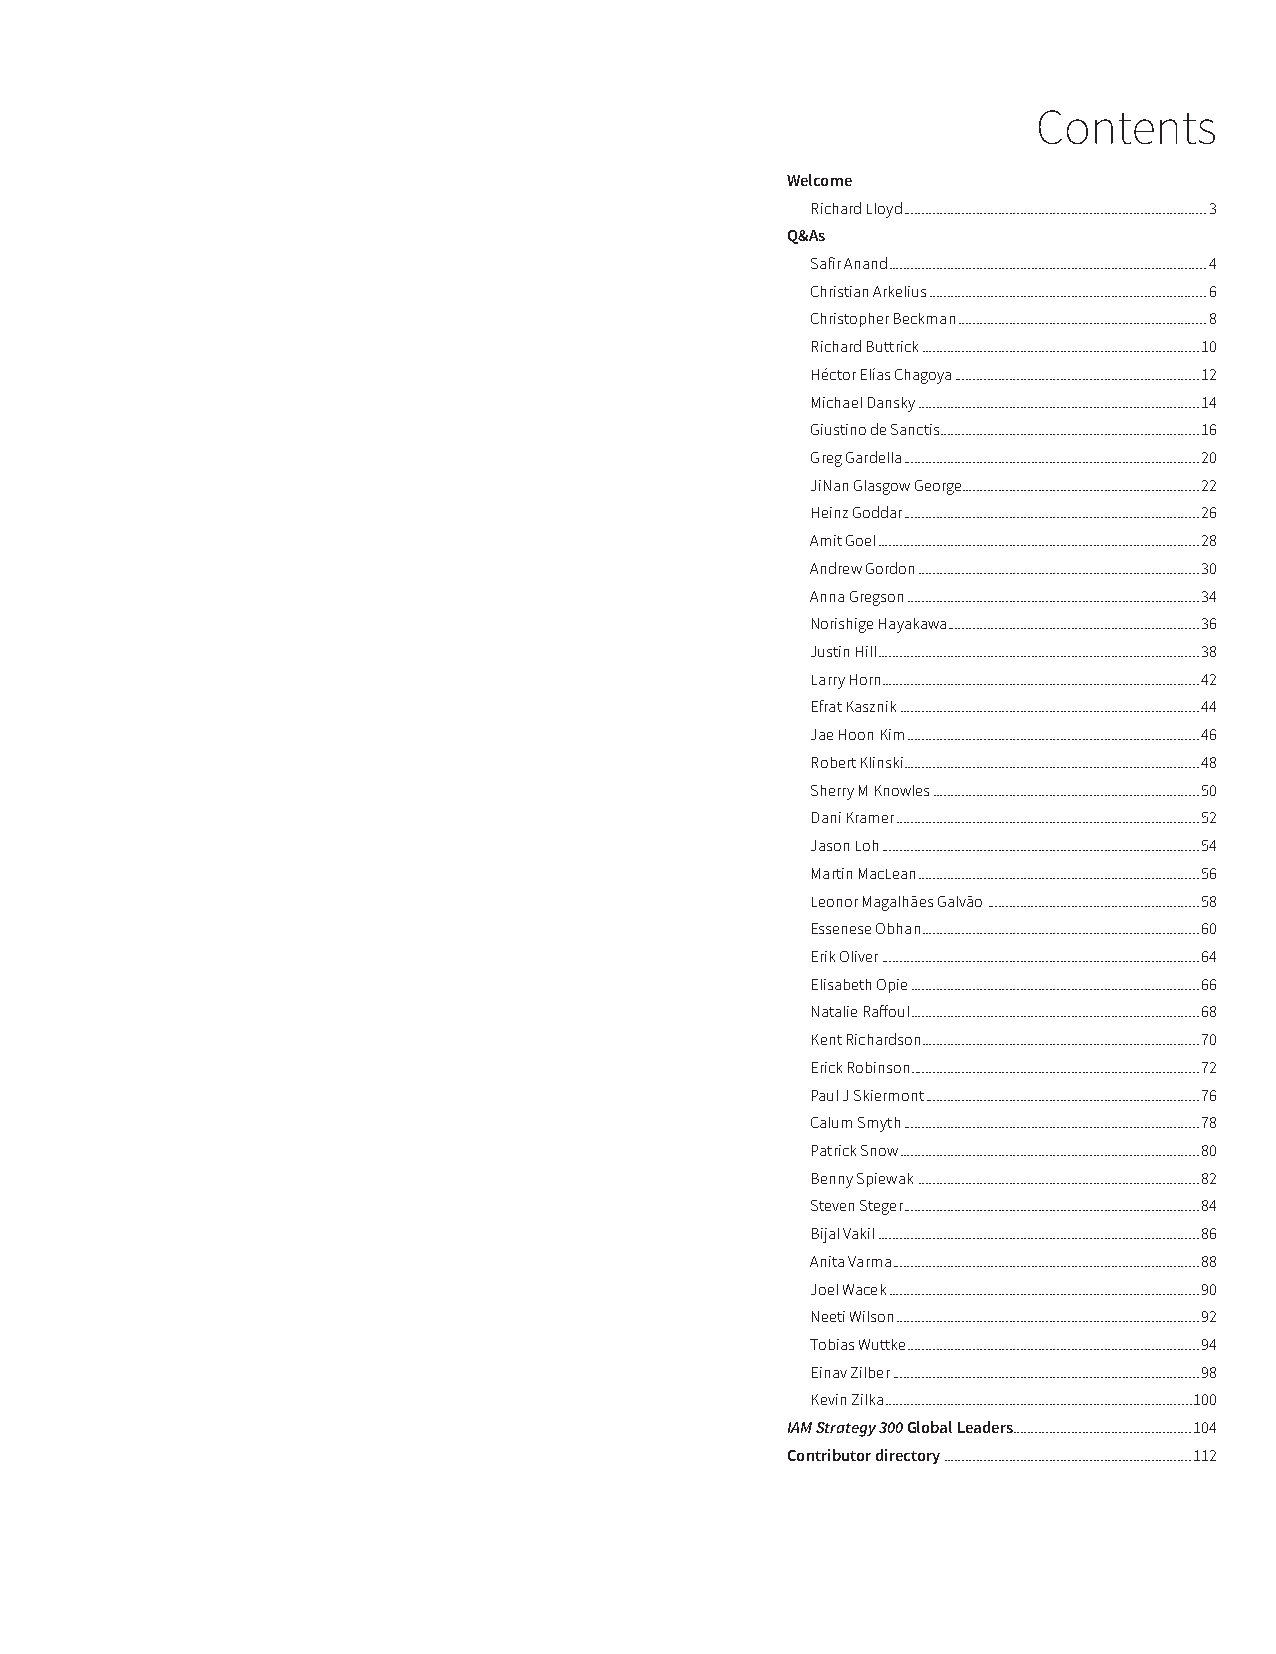
Contents
 Welcome
 Richard Lloyd ...................................................................................3
 Q&As
 Safir Anand .......................................................................................4
 Christian Arkelius ............................................................................6
 Christopher Beckman ....................................................................8
 Richard Buttrick ............................................................................10
 Héctor Elías Chagoya ...................................................................12
 Michael Dansky .............................................................................14
 Giustino de Sanctis .......................................................................16
 Greg Gardella .................................................................................20
 JiNan Glasgow George .................................................................22
 Heinz Goddar .................................................................................26
 Amit Goel ........................................................................................28
 Andrew Gordon .............................................................................30
 Anna Gregson ................................................................................34
 Norishige Hayakawa .....................................................................36
 Justin Hill ........................................................................................38
 Larry Horn.......................................................................................42
 Efrat Kasznik ..................................................................................44
 Jae Hoon Kim ................................................................................46
 Robert Klinski.................................................................................48
 Sherry M Knowles .........................................................................50
 Dani Kramer ...................................................................................52
 Jason Loh .......................................................................................54
 Martin MacLean .............................................................................56
 Leonor Magalhães Galvão ..........................................................58
 Essenese Obhan ............................................................................60
 Erik Oliver .......................................................................................64
 Elisabeth Opie ...............................................................................66
 Natalie Raffoul ...............................................................................68
 Kent Richardson ............................................................................70
 Erick Robinson...............................................................................72
 Paul J Skiermont ...........................................................................76
 Calum Smyth .................................................................................78
 Patrick Snow ..................................................................................80
 Benny Spiewak .............................................................................82
 Steven Steger .................................................................................84
 Bijal Vakil ........................................................................................86
 Anita Varma ....................................................................................88
 Joel Wacek .....................................................................................90
 Neeti Wilson ...................................................................................92
 Tobias Wuttke ................................................................................94
 Einav Zilber ....................................................................................98
 Kevin Zilka ....................................................................................100
 IAM Strategy 300 Global Leaders .................................................104
 Contributor directory ....................................................................112